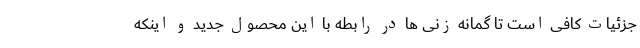
جزئیات کافی است تا گمانه زنی ها در رابطه با این محصول جدید و اینکه